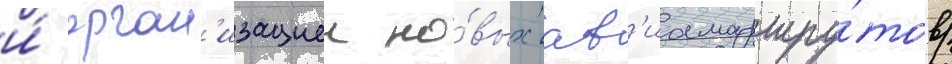
и́ орган'изациеи но́вых ав'иамаршру́тов